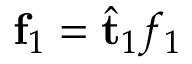
\mathbf { f } _ { 1 } = \hat { \mathbf { t } } _ { 1 } f _ { 1 }